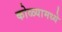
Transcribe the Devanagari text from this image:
कोळ्यामध्ये